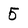
Character: 5